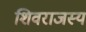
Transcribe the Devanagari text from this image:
शिवराजस्य